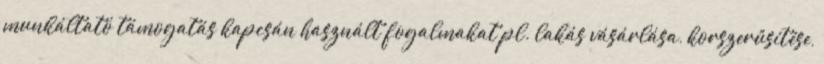
munkáltató támogatás kapcsán használt fogalmakat pl. lakás vásárlása, korszerűsítése,